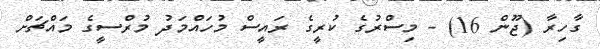
ގާހިރާ (ޖޫން 16) - މިސްރުގެ ކުރީގެ ރައީސް މުހައްމަދު މުރްސީގެ މައްޗަށް